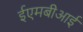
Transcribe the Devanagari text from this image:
ईएमबीआई